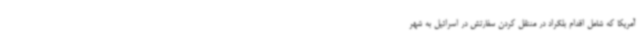
آمریکا که شامل اقدام بلگراد در منتقل کردن سفارتش در اسرائیل به شهر